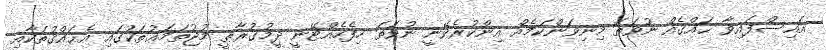
އައިސްފައިވާ ޙައްޤެއް ނުވަތަ މިނިވަންކަމެއް އިންކުރެވޭނީ ނުވަތަ ހިފެހެއްޓޭނީ ދީމުޤުރާޠީ މުޖުތަމަޢުތަކުގައި އެޙައްޤުތަކާއި